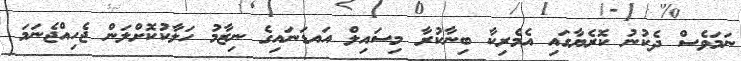
ނަމަވެސް ދެކުނު ކޮރެޔާގައި އެމެރިކާ ބިނާކުރާ މިސައިލް އައޑަނައިގެ ނިޒާމު ހަލާކުކޮށްލަން ޖެހިއްޖެނަމަ